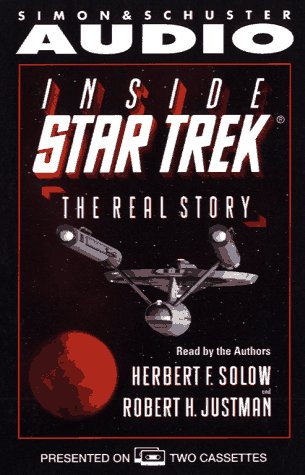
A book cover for Inside Star Trek the Real Story; Herbert F. Solow; Humor & Entertainment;